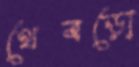
থেবড়ো